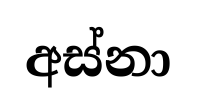
අස්නා